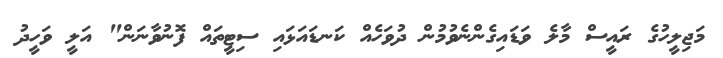
މަޖިލީހުގެ ރައީސް މާލެ ވަޑައިގެންނެވުމުން ދުވަހެއް ކަނޑައަޅައި ސިޓީތައް ފޮނުވާނަން" އަލީ ވަހީދު